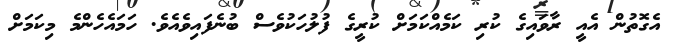
އެގޮތުން އެއީ ރާވައިގެ ކުރި ކަމެއްކަމަށް ކުރީގެ ފުލުހަކުވެސް ބުނެފައިވެއެވެ. ހަމައެހެންމެ މިކަމަށް